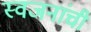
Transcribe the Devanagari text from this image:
स्वजनांची